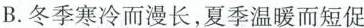
B.冬季寒冷而漫长，夏季温暖而短促